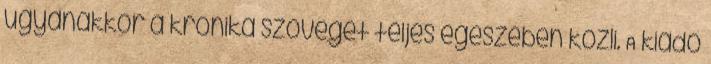
ugyanakkor a krónika szövegét teljes egészében közli. A kiadó